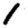
Digit: 1